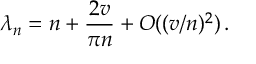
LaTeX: \lambda _ { n } = n + \frac { 2 v } { \pi n } + { \cal O } ( ( v / n ) ^ { 2 } ) \, .